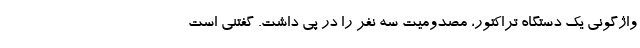
واژگونی یک دستگاه تراکتور، مصدومیت سه نفر را در پی داشت. گفتنی است